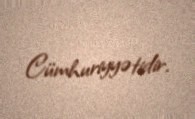
Cümhuriyyətidir.